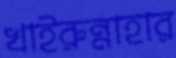
খাইরুন্নাহার